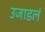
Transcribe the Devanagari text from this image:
उजाडलं